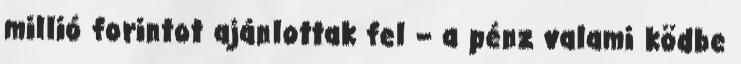
mil­lió forintot ajánlottak fel – a pénz valami ködbe